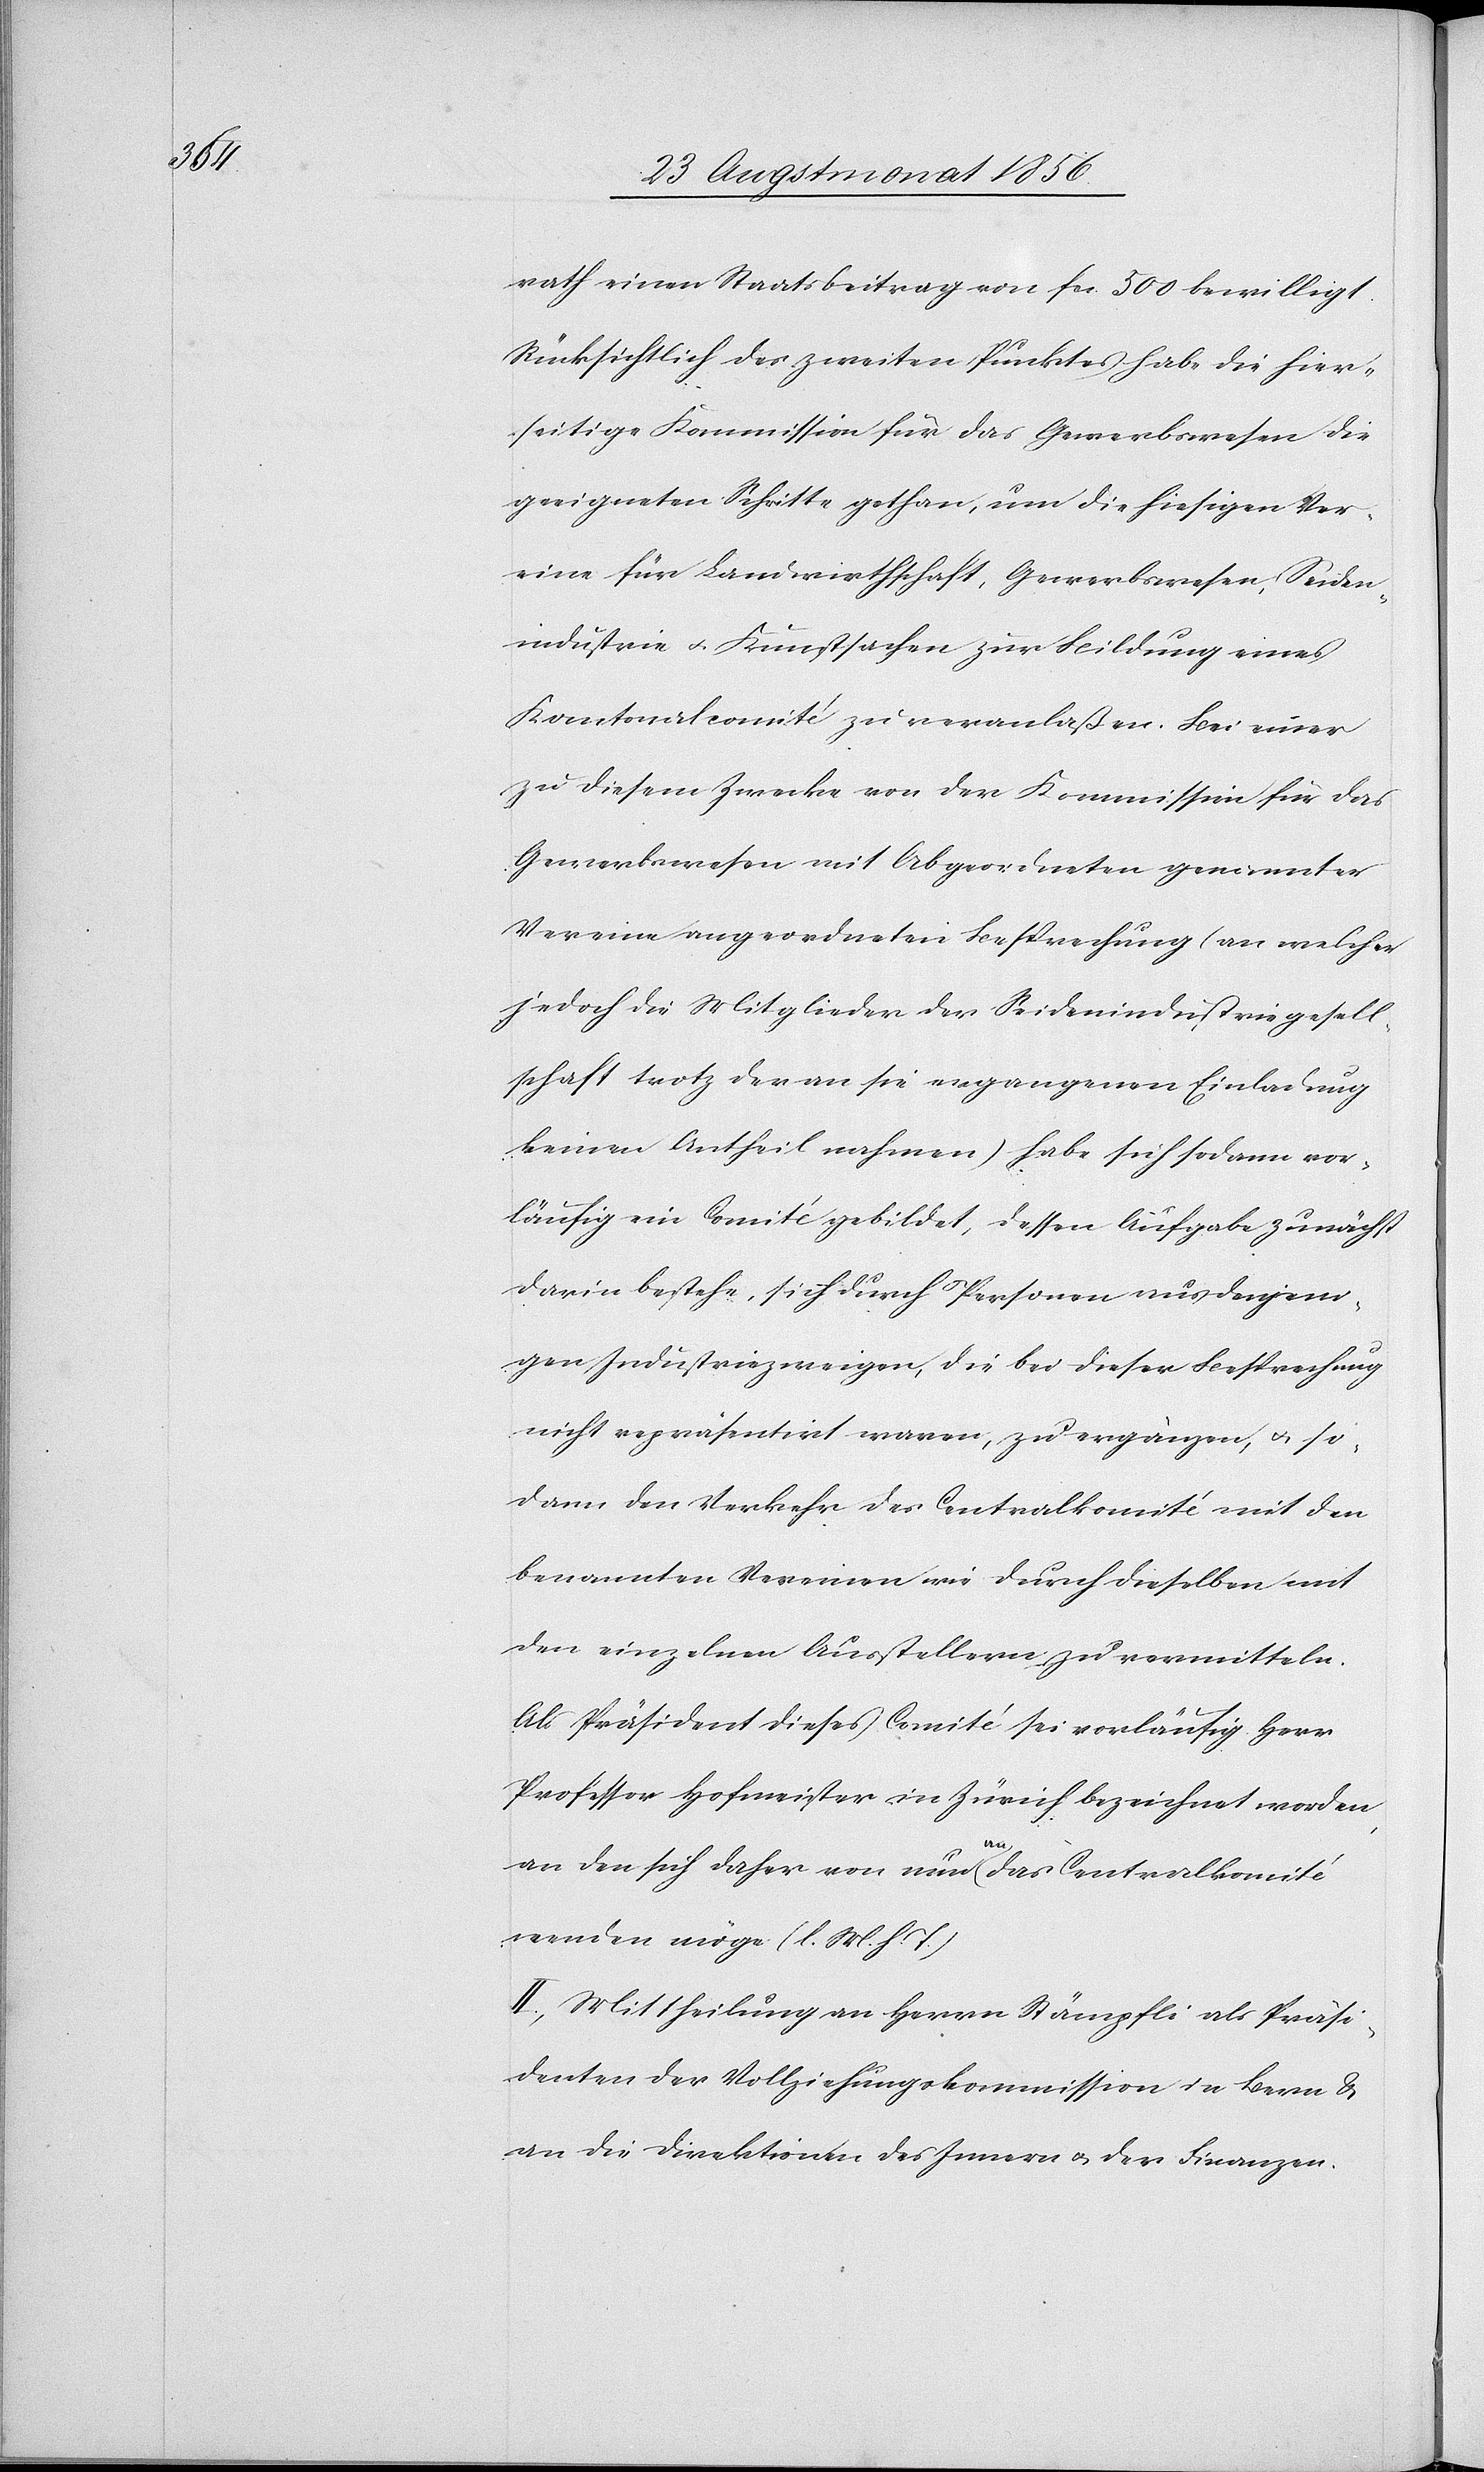
rath einen Staatsbeitrag von fcs. 500 bewilligt.
Rücksichtlich des zweiten Punktes habe die hier¬
seitige Kommission für das Gewerbswesen die
geeigneten Schritte gethan, um die hiesigen Ver¬
eine für Landwirthschaft, Gewerbswesen, Seiden¬
industrie u. Kunstsachen zur Bildung eines
Kantonalcomité zu veranlaßen. Bei einer
zu diesem Zwecke von der Kommission für das
Gewerbswesen mit Abgeordneten genannter
Vereine angeordneten Besprechung (an welcher
jedoch die Mitglieder der Seidenindustriegesell¬
schaft trotz der an sie ergangenen Einladung
keinen Antheil nahmen) habe sich sodann vor¬
läufig ein Comité gebildet, dessen Aufgabe zunächst
darin bestehe, sich durch Personen ausdenjeni¬
gen Industriezweigen, die bei dieser Besprechung
nicht repräsentirt waren, zu ergänzen, u. so¬
dann den Verkehr des Centralkomité mit den
benannten Vereinen wie durch dieselben mit
den einzelnen Ausstellern zu vermitteln.
Als Präsident dieses Comité sei vorläufig Herr
Professor Hofmeister in Zürich bezeichnet worden,
an den sich daher von neu a-an-a das Centralkomité
wenden möge (l. M. h. T.)
II.) Mittheilung an Herrn Stämpfli als Präsi¬
denten der Vollziehungskommission in Bern &
an die Direktionen des Innern u. der Finanzen.